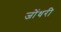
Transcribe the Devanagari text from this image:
जोंधरी